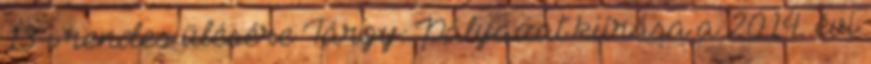
13-i rendes ülésére Tárgy: Pályázat kiírása a 2014. évi